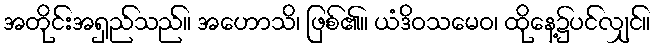
အတိုင်းအရှည်သည်။ အဟောသိ၊ ဖြစ်၏။ ယံဒိဝသမေဝ၊ ထိုနေ့၌ပင်လျှင်။